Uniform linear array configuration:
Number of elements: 48
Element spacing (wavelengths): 0.25
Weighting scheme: hann
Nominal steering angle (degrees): -45
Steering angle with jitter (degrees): -46.627
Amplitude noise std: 0.05
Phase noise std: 0.05

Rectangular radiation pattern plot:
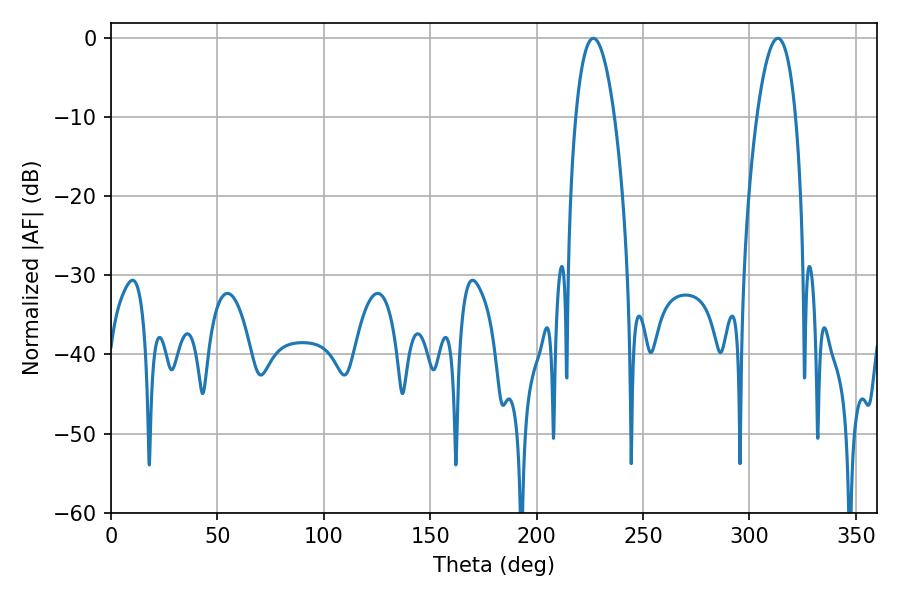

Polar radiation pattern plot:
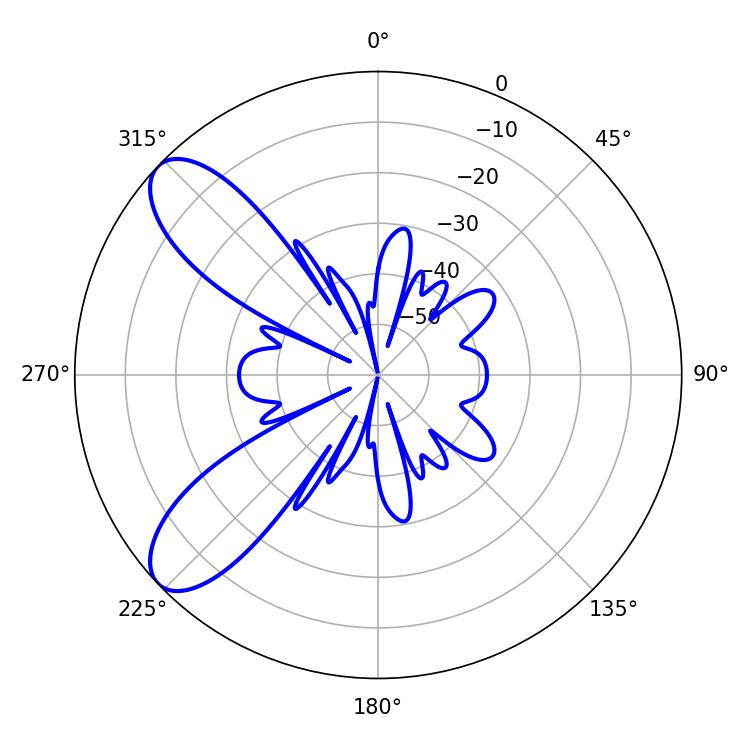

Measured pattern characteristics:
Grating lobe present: FALSE
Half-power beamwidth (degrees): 10.26
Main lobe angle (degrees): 226.62